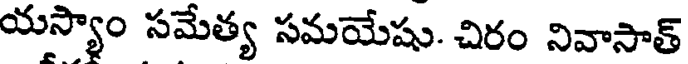
యస్యాం సమేత్య సమయేషు. చిరం నివాసాత్